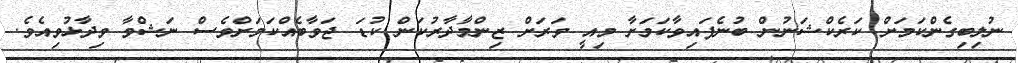
ނުލިބިގެންކަމަށް ކަރެކްޝަނުން ބުނެފައިވާކަމަށާ މިއީ ވަރަށް ޒިންމާދާރުކަން ކުޑަ ޖަވާބެއްކަމަށްވެސް ނަޝްވާ ވިދާޅުވިއެވެ.